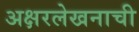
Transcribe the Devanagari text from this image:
अक्षरलेखनाची